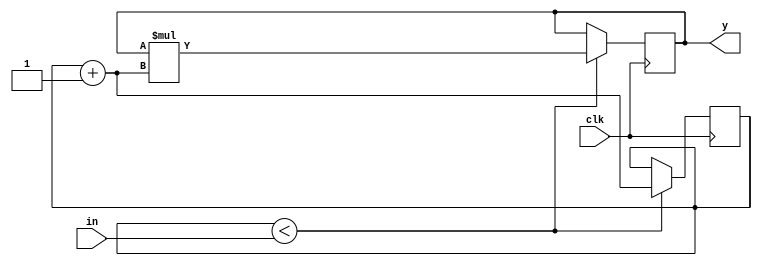
module factorial_design(	input clk,
									input [31:0] in,
									output reg [31:0] y);
reg [31:0] temp=32'd0;

initial
begin 
	
	y=32'b1;
end	
					
always@(posedge clk)
begin
	if (temp<in)
		begin
			temp=temp+1;
			y=y*temp;
		end
end	
//temp=in;
endmodule